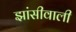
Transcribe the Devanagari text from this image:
झांसीवाली